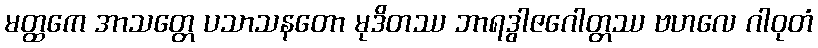
မတ္ထကေ အာသတ္တေ ပသာသနတော မုဒိတဿ ဘာရဒွါဇဂေါတ္တဿ ဗဟလေ ဂါဝုတံ